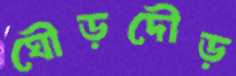
ঘৌড়দৌড়